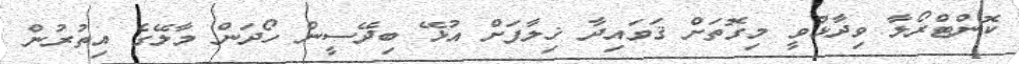
ކޮންޓްރޯލާ ވިދާޅުވީ މިގޮތަށް ޤަވައިދާ ޚިލާފަށް އުޅޭ ބިދޭސީން ހޯދަން މާލޭގެ އިތުރުން